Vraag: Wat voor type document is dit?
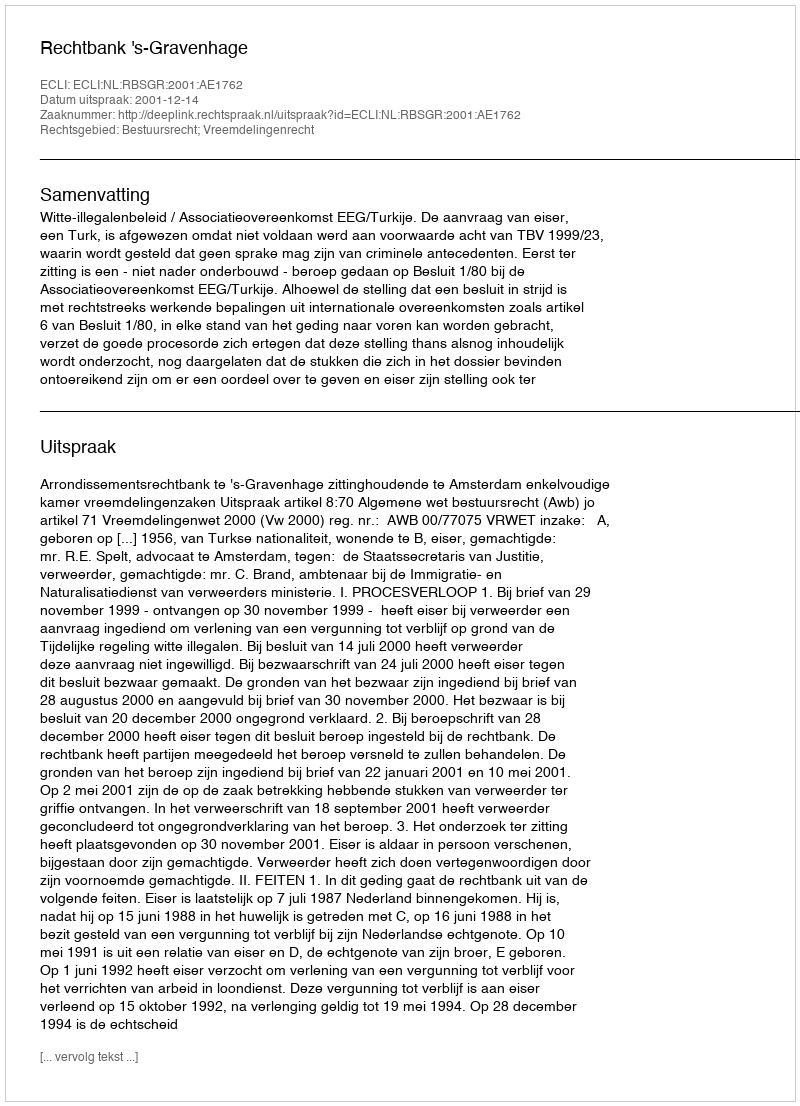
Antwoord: Uitspraak